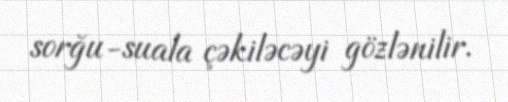
sorğu-suala çəkiləcəyi gözlənilir.